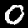
Label: 0